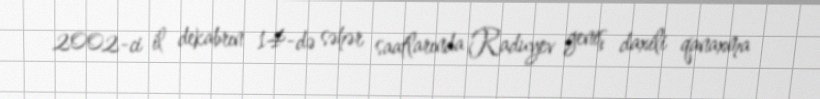
2002-ci il dekabrın 14-də səhər saatlarında Raduyev geniş daxili qanaxma